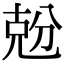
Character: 兝